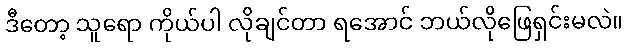
ဒီတော့ သူရော ကိုယ်ပါ လိုချင်တာ ရအောင် ဘယ်လိုဖြေရှင်းမလဲ။